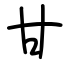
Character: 甘